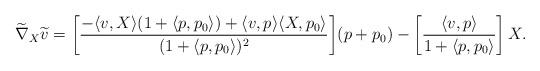
LaTeX: \begin{align*}\widetilde{\nabla}_X \widetilde{v} = \left[ \frac{-\langle v, X \rangle (1 + \langle p, p_0 \rangle) + \langle v, p \rangle \langle X, p_0 \rangle}{(1 + \langle p, p_0 \rangle)^2} \right] &(p + p_0) - \left[ \frac{\langle v, p \rangle}{1 + \langle p, p_0 \rangle} \right] X. \end{align*}